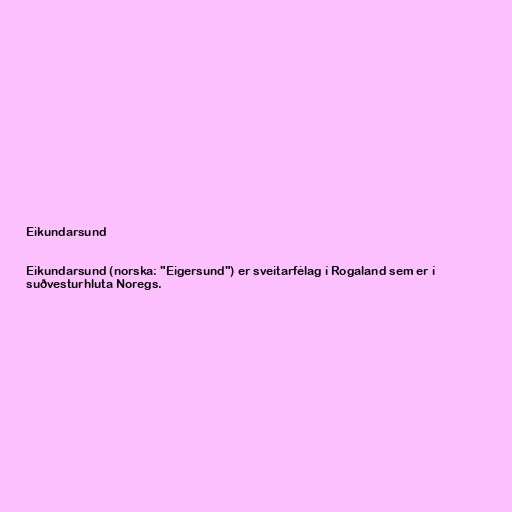
Eikundarsund

Eikundarsund (norska: "Eigersund") er sveitarfélag í Rogaland sem er í
suðvesturhluta Noregs.